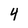
Character: 4